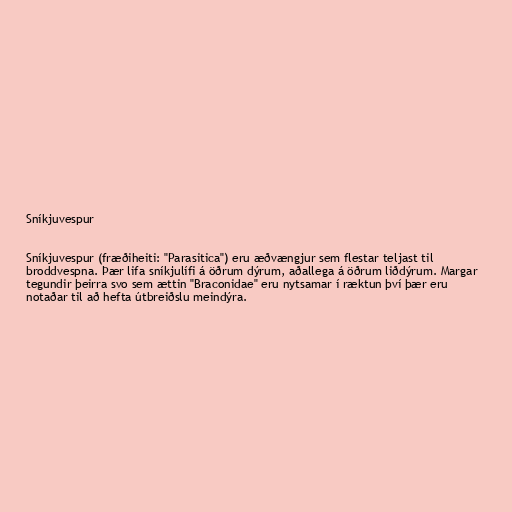
Sníkjuvespur

Sníkjuvespur (fræðiheiti: "Parasitica") eru æðvængjur sem flestar teljast til
broddvespna. Þær lifa sníkjulífi á öðrum dýrum, aðallega á öðrum liðdýrum. Margar
tegundir þeirra svo sem ættin "Braconidae" eru nytsamar í ræktun því þær eru
notaðar til að hefta útbreiðslu meindýra.